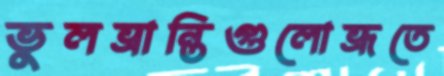
ভুলভ্রান্তিগুলোভ্রূতে